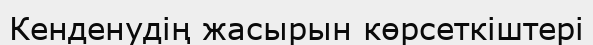
Кенденудің жасырын көрсеткіштері